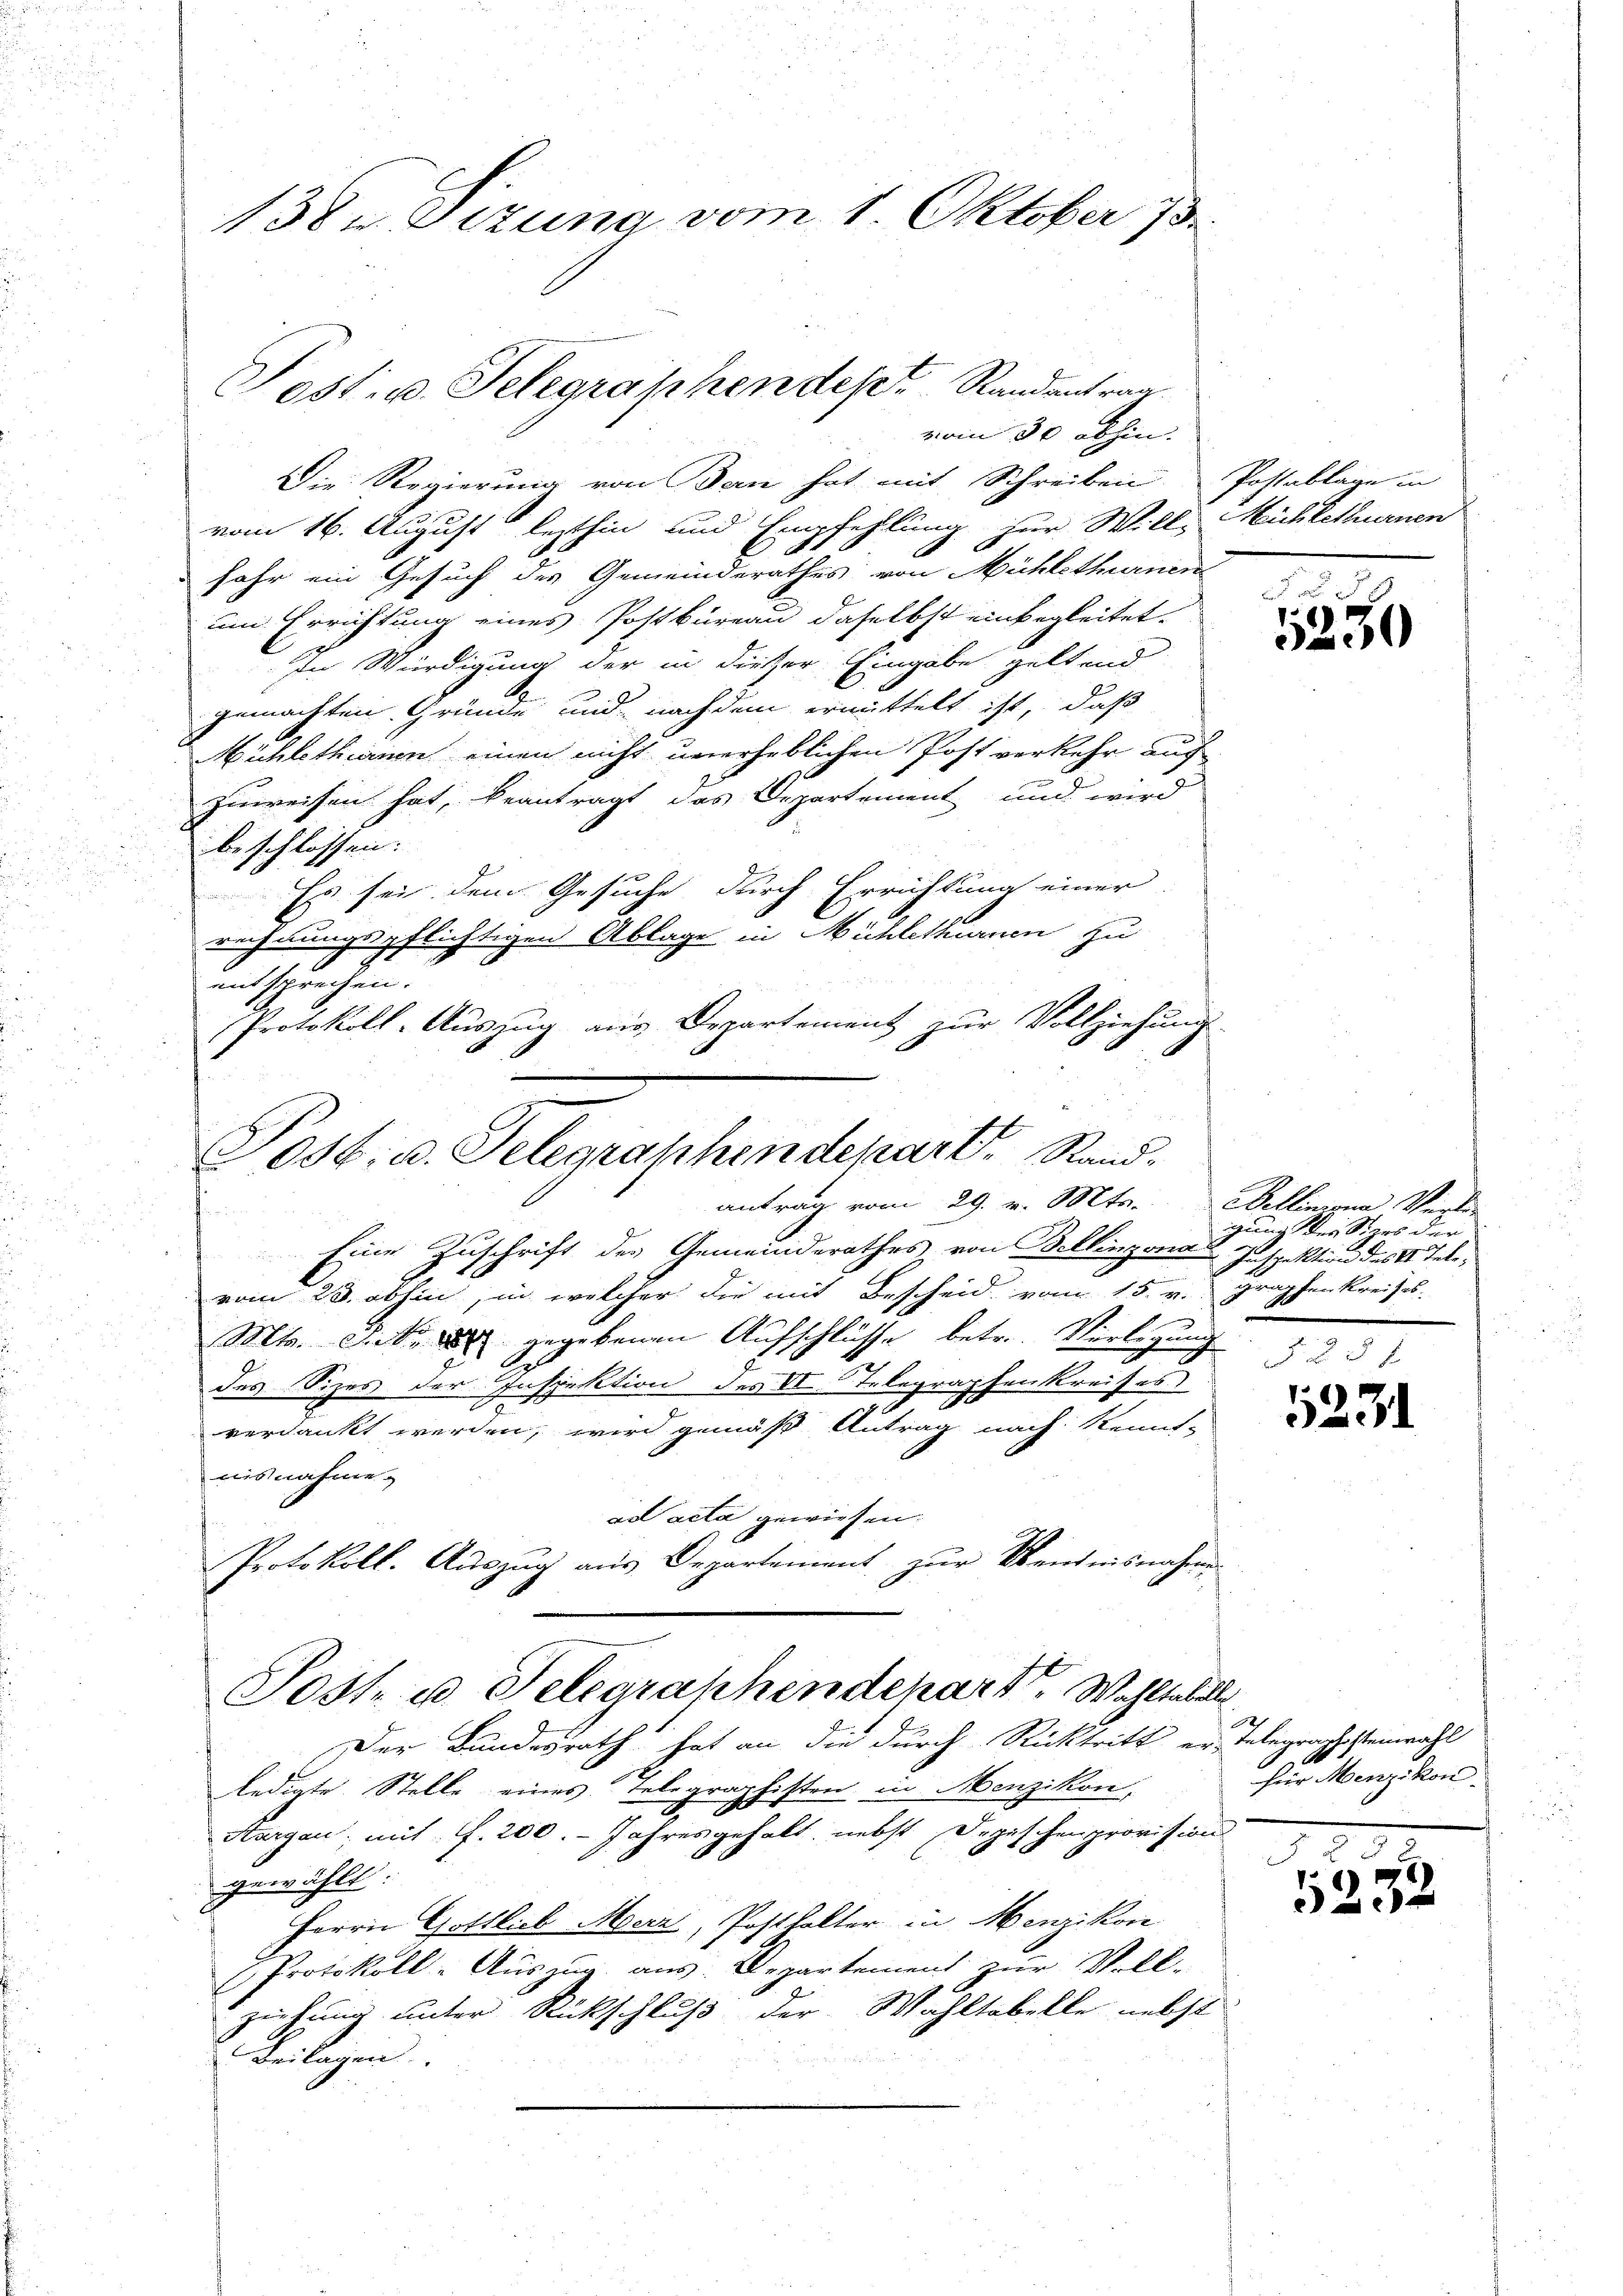
138. Sizung vom 1. Oktober 73.

Die Regierung von Ban hat mit Schreiben Postablage in
vom 16. August lezthin und Empfehlung zur Will-Mühlethurnen
fahr ein Gesuch des Gemeinderathes von Mühlethurnen
um Errichtung eines Postbüreau daselbst einbegleitet.
In Würdigung der in dieser Eingabe geltend
gemachten Gründe und nachdem ermittelt ist, daß
Mühlethirnen einen nicht unerheblichen Post verkehr auch
zuweisen hat, beantragt das Departement und wird
beschlossen:
Es sei dem Gesuche durch Errichtung einer
rechnungspflichtigen Ablage in Mühlethurnen zu
entsprechen.
Eine Zuschrift des Gemeinderathes von Bellinzona Inspektion des 14. Televom 23. abhin, in welcher die mit Bescheid vom 15. v. graphenkreises.
Mts. Sicke gegebenen Aufschlüsse betr. Verlegung
des Sizes der Inspektion des II. Telegraphenkreises
8 x
verdankt werden, wird gemäß Antrag nach Kennt-
nisnahme.
ad acta gewiesen.
Protokoll. Aŭszŭg aŭs Departement zŭr Wendnisnahm
Post u. Telegraphendepart. Wahltabelle
Der Bundesrath hat an die durch Rücktritt er-
ledigte Stelle eines Telegraphisten in Menzikon,
Aargau, mit f. 200. - Jahresgehalt, nebst Depischenprovision
gewählt:
Herrn Gottlob Merz, Posthalter in Menzikon
Protokoll- Aŭszŭg aŭs Departement zur Voll-
ziehung unter Rückschluß der Wähltobelle nebst
Beilagen.

Sost. u. Telegraphen des Randantrag
vom 30 abhin.

Protokoll-Auszug aus Departement zur Vollziehung
Tost: a. Gelegraphendepart. Sandantrag vom 29. v. Mts.

22
5230

Bellinien Verle
zu der Siges der

5231

Telegraphestenwahl
für Menzikon.

2
232